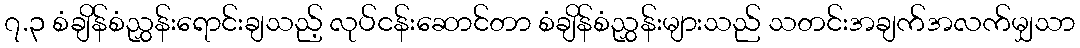
၇.၃ စံချိန်စံညွှန်းရောင်းချသည့် လုပ်ငန်းဆောင်တာ စံချိန်စံညွှန်းများသည် သတင်းအချက်အလက်မျှသာ